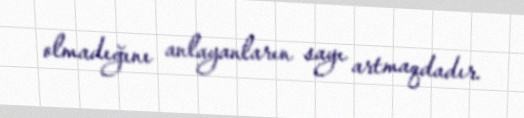
olmadığını anlayanların sayı artmaqdadır.